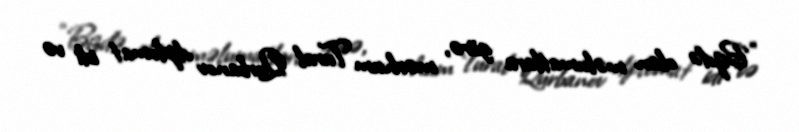
“Bizdə olan məlumatlara görə, mərhum Tural Qurbanov diplomat idi və